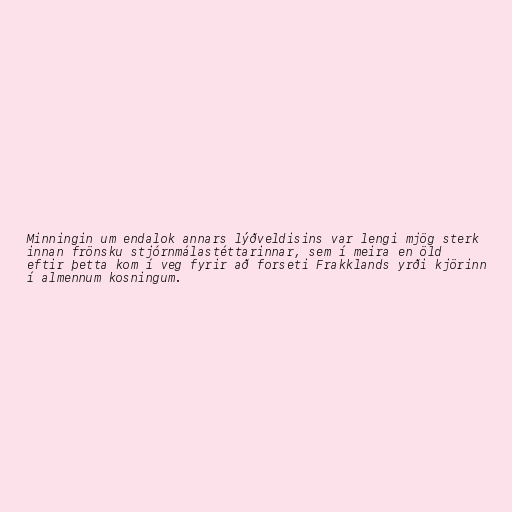
Minningin um endalok annars lýðveldisins var lengi mjög sterk
innan frönsku stjórnmálastéttarinnar, sem í meira en öld
eftir þetta kom í veg fyrir að forseti Frakklands yrði kjörinn
í almennum kosningum.